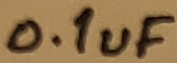
Text: 0.1uF